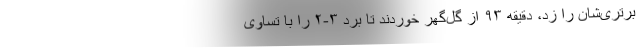
برتری‌شان را زد، دقیقه ۹۳ از گل‌گهر خوردند تا برد ۳-۲ را با تساوی